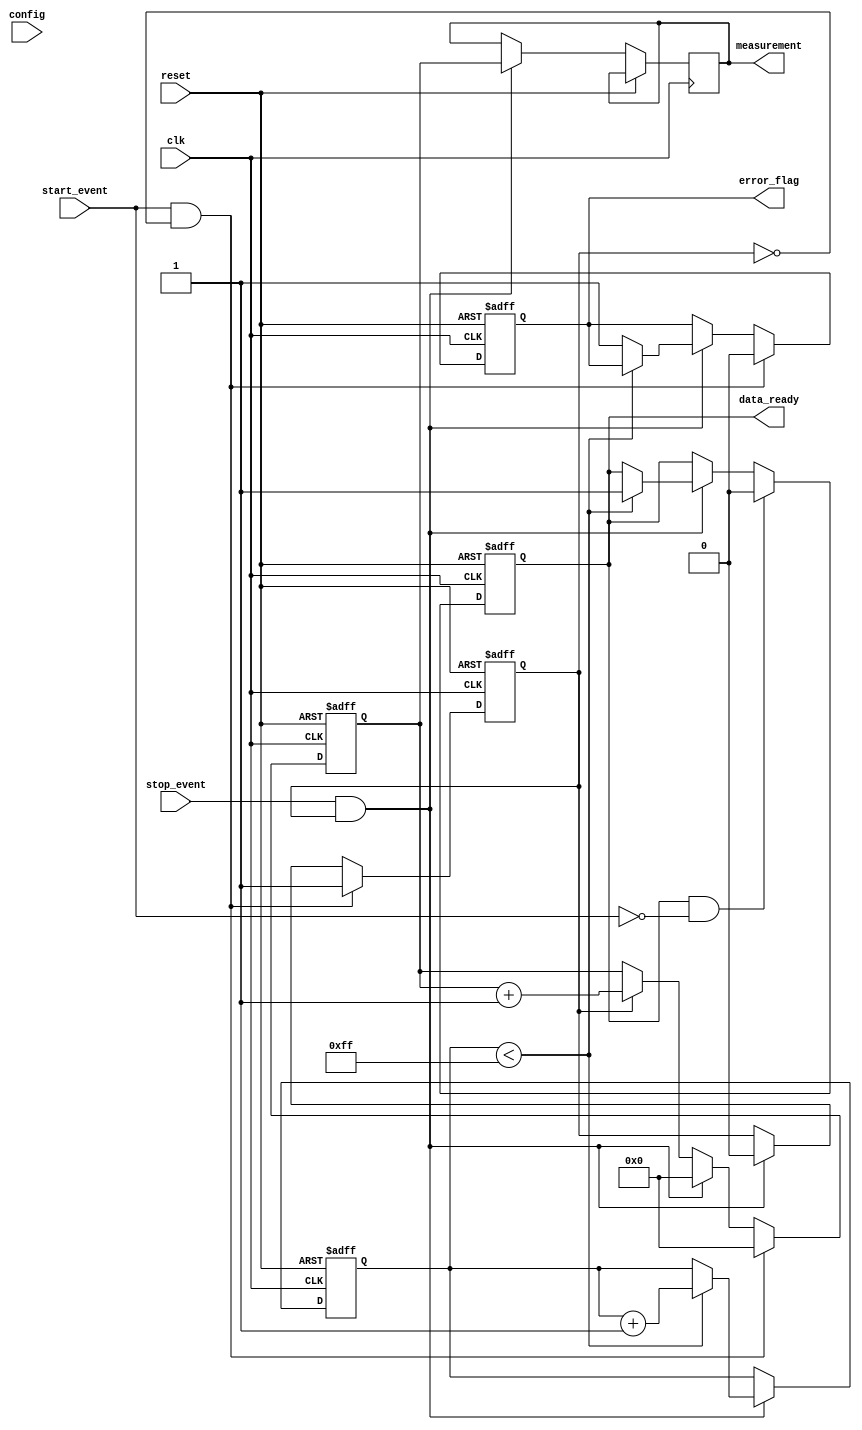
module SingleShotTDC (
    input wire clk,                // Clock input
    input wire reset,              // Asynchronous reset
    input wire start_event,        // Start event signal
    input wire stop_event,         // Stop event signal
    input wire [7:0] config,       // Configuration input for calibration/settings
    output reg [15:0] measurement, // Measurement output (in clock cycles)
    output reg data_ready,         // Data ready flag
    output reg error_flag          // Error flag
);

    reg [15:0] time_counter;       // Time counter
    reg measuring;                 // Measuring state
    reg [15:0] memory [0:255];     // Memory block (FIFO buffer)
    reg [7:0] mem_index;           // Memory index for storing measurements
    reg error_detected;            // Flag for error detection

    // Clock domain for counter
    always @(posedge clk or posedge reset) begin
        if (reset) begin
            time_counter <= 16'd0;
            data_ready <= 1'b0;
            measuring <= 1'b0;
            mem_index <= 8'd0;
            error_flag <= 1'b0;
        end else begin
            if (measuring) begin
                // Increment the counter while measuring
                time_counter <= time_counter + 1;
            end

            // Check for stop_event
            if (stop_event && measuring) begin
                measuring <= 1'b0; // Stop measuring
                measurement <= time_counter; // Store elapsed time
                if (mem_index < 8'd255) begin
                    memory[mem_index] <= time_counter; // Save to memory
                    mem_index <= mem_index + 1;
                    data_ready <= 1'b1; // Indicate data ready
                end else begin
                    error_detected <= 1; // Memory full error
                    error_flag <= 1'b1; // Set error flag
                end
                time_counter <= 16'd0; // Reset counter after measurement
            end

            // Start measuring
            if (start_event && !measuring) begin
                measuring <= 1'b1;    // Begin measuring
                time_counter <= 16'd0; // Reset counter
                error_flag <= 1'b0;   // Reset error flag
            end
            
            // Clear data ready flag after reading
            if(data_ready && !start_event) begin
                data_ready <= 1'b0; // Clear data ready after it is read
            end
        end
    end
endmodule